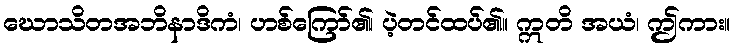
ဃောသိတအဘိနာဒိကံ၊ ဟစ်ကြော်၏၊ ပဲ့တင်ထပ်၏။ ဣတိ အယံ၊ ဤကား။